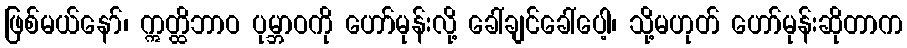
ဖြစ်မယ်နော်၊ ဣတ္ထိဘာဝ ပုမ္ဘာဝကို ဟော်မုန်းလို့ ခေါ်ချင်ခေါ်ပေါ့၊ သို့မဟုတ် ဟော်မုန်းဆိုတာက